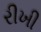
રીખી